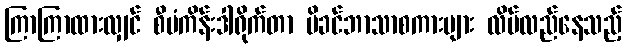
ကြာကြာထားလျှင် စီမံကိန်းဒါရိုက်တာ မိခင်ဘာသာစကားများ လိမ်လည်နေသည့်